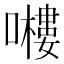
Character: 𭋶